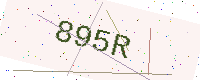
Text: 895R